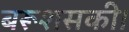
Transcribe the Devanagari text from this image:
बरूशसकी।